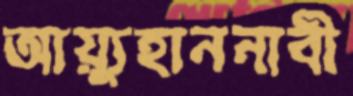
আয়্যুহাননাবী